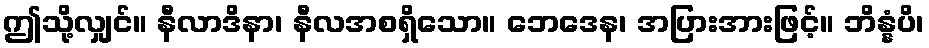
ဤသို့လျှင်။ နီလာဒိနာ၊ နီလအစရှိသော။ ဘေဒေန၊ အပြားအားဖြင့်။ ဘိန္နံပိ၊